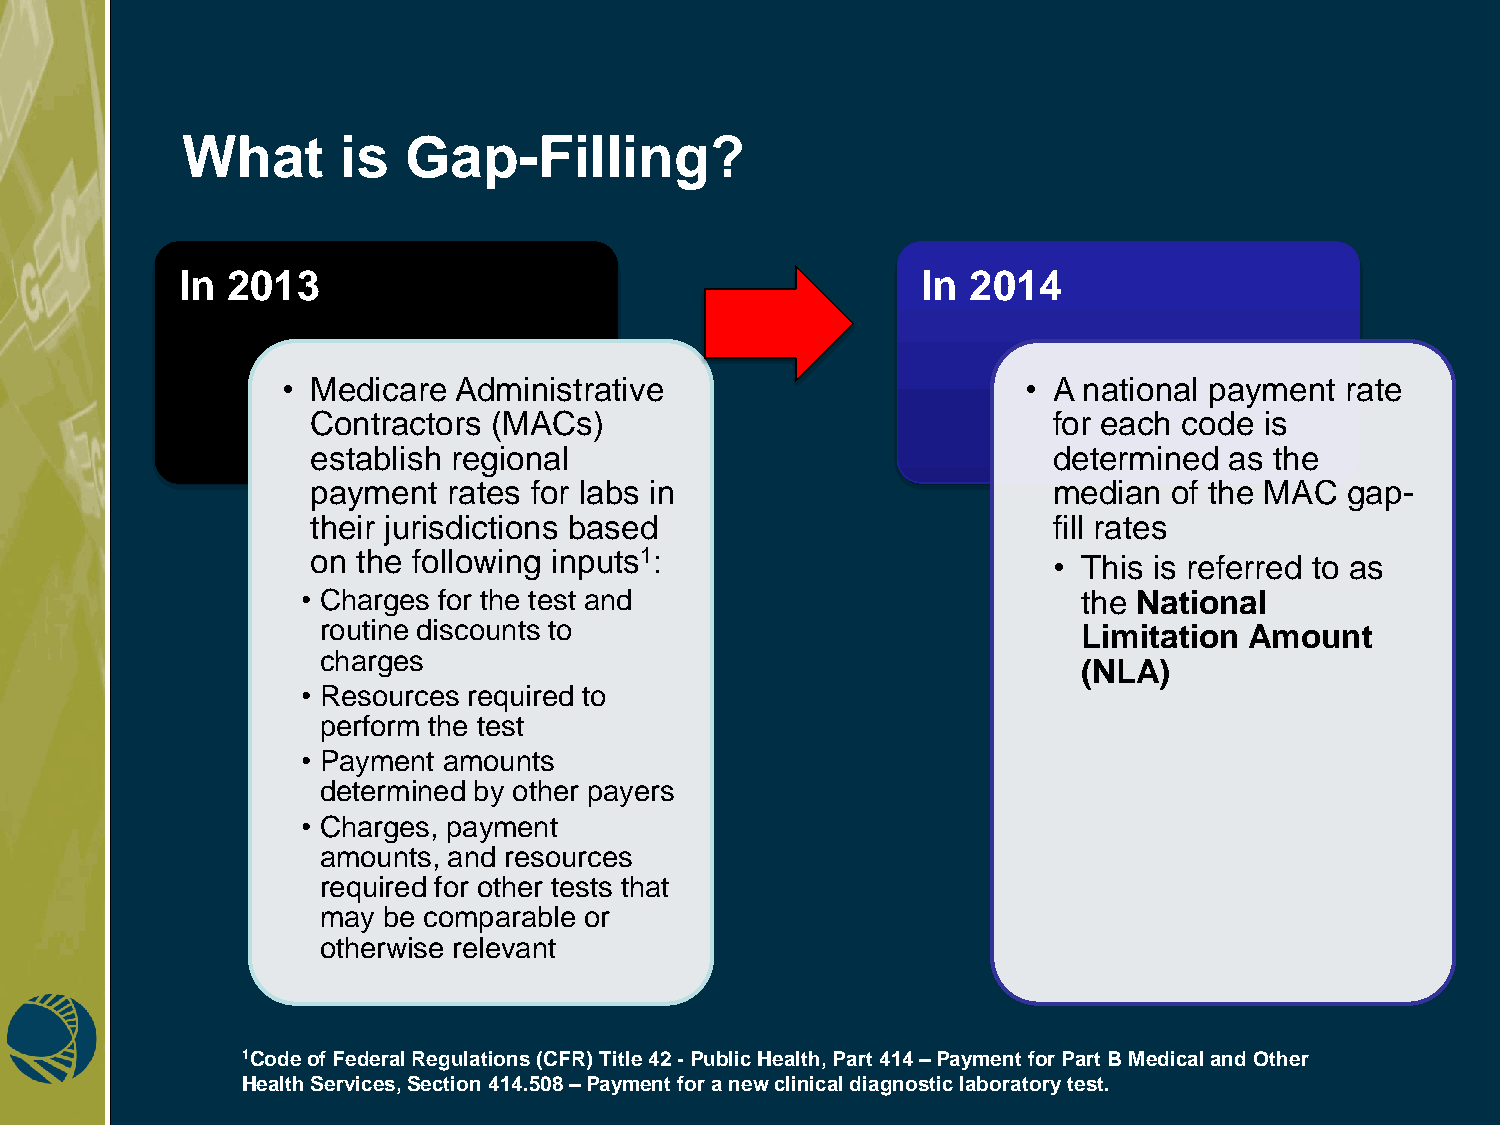
What       is  Gap-Filling?
 In 2013                                          In 2014
 • Medicare Administrative                        • A national payment rate
 Contractors (MACs)                               for each code is
 establish regional                               determined as the
 payment  rates for labs in                       median  of the MAC gap-
 their jurisdictions based                        fill rates
 on the following inputs1:                        • This is referred to as
 • Charges for the test and                          the National
 routine discounts to                               Limitation Amount
 charges
 (NLA)
 • Resources required to
 perform the test
 • Payment amounts
 determined by other payers
 • Charges, payment
 amounts, and resources
 required for other tests that
 may be comparable or
 otherwise relevant
 1Code of Federal Regulations (CFR) Title 42 - Public Health, Part 414 – Payment for Part B Medical and Other
 Health Services, Section 414.508 – Payment for a new clinical diagnostic laboratory test.